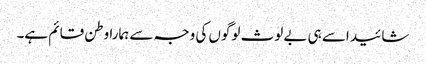
شائید اسے ہی بے لوث لوگوں کی وجہ سے ہمارا وطن قائم ہے۔